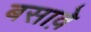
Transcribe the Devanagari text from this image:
बसावे़